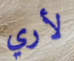
لأري